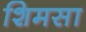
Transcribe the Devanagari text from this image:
शिमसा